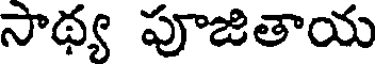
సాథ్య పూజితాయ